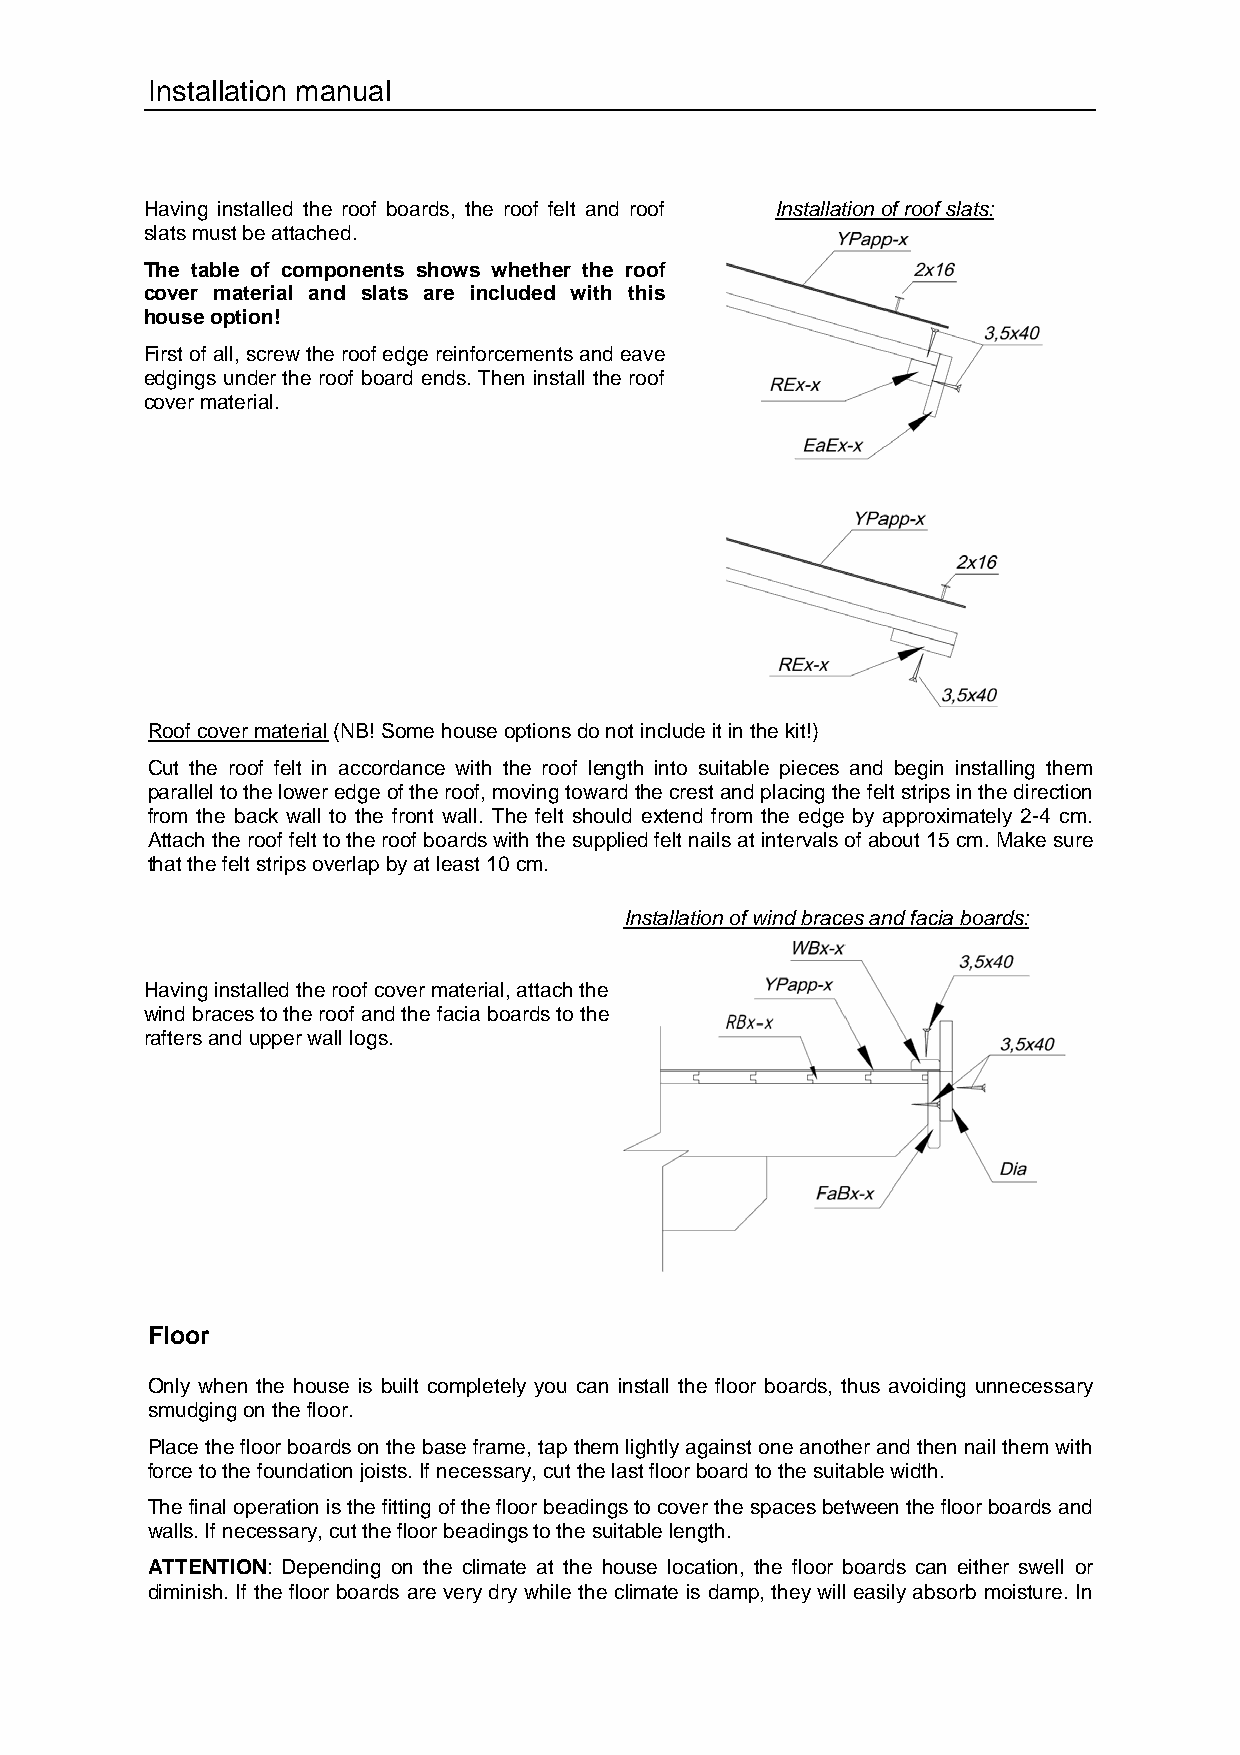
Installation manual
 Having installed the roof boards, the roof felt and roof Installation of roof slats:
 slats must be attached.
 The table of components shows whether the roof
 cover material and slats are included with this
 house option!
 First of all, screw the roof edge reinforcements and eave
 edgings under the roof board ends. Then install the roof
 cover material.
 Roof cover material (NB! Some house options do not include it in the kit!)
 Cut the roof felt in accordance with the roof length into suitable pieces and begin installing them
 parallel to the lower edge of the roof, moving toward the crest and placing the felt strips in the direction
 from the back wall to the front wall. The felt should extend from the edge by approximately 2-4 cm.
 Attach the roof felt to the roof boards with the supplied felt nails at intervals of about 15 cm. Make sure
 that the felt strips overlap by at least 10 cm.
 Installation of wind braces and facia boards:
 Having installed the roof cover material, attach the
 wind braces to the roof and the facia boards to the
 rafters and upper wall logs.
 Floor
 Only when the house is built completely you can install the floor boards, thus avoiding unnecessary
 smudging on the floor.
 Place the floor boards on the base frame, tap them lightly against one another and then nail them with
 force to the foundation joists. If necessary, cut the last floor board to the suitable width.
 The final operation is the fitting of the floor beadings to cover the spaces between the floor boards and
 walls. If necessary, cut the floor beadings to the suitable length.
 ATTENTION: Depending on the climate at the house location, the floor boards can either swell or
 diminish. If the floor boards are very dry while the climate is damp, they will easily absorb moisture. In